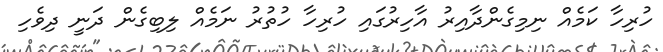
ހުރިހާ ކަމެއް ނިމިގެންދާއިރު އާހިރުގައި ހުރިހާ ހުތުުރު ނަމެއް ލިބިގެން ދަނީ ދިވެހި